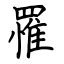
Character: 罹